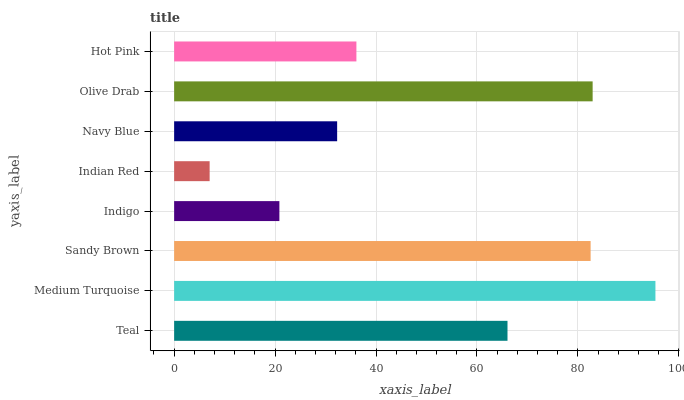
| yaxis_label | bars |
 | --- | --- |
 | Teal | 66.1 |
 | Medium Turquoise | 95.4 |
 | Sandy Brown | 82.5 |
 | Indigo | 20.9 |
 | Indian Red | 7.03 |
 | Navy Blue | 32.3 |
 | Olive Drab | 82.9 |
 | Hot Pink | 36.1 |